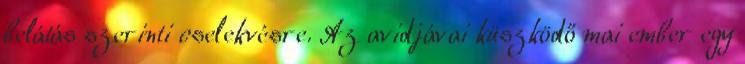
belátás szerinti cselekvésre. Az avidjávai küszködő mai ember egy